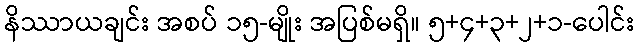
နိဿာယချင်း အစပ် ၁၅-မျိုး အပြစ်မရှိ။ ၅+၄+၃+၂+၁-ပေါင်း